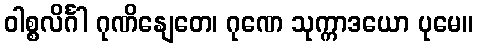
ဝါစ္စလိင်္ဂါ ဂုဏိနျေတေ၊ ဂုဏေ သုက္ကာဒယော ပုမေ။